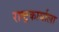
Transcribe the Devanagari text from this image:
राष्ट्रकार्याला